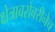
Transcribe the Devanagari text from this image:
क्षेत्राबरोबरीनेच